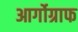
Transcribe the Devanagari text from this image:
आर्गोग्राफ